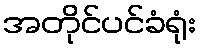
အတိုင်ပင်ခံရုံး